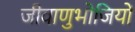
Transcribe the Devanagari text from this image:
जीवाणुभोजियों